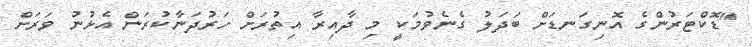
"ޑޮކްޓަރުންގެ އޮނިގަނޑަށް ބަދަލު ގެނެވުމަކީ މި ދާއިރާ އިތުރަށް ހަރުދަނާކުރަން އެޅުނު ވަރަށް